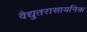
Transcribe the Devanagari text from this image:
वैद्युतरासायनिक